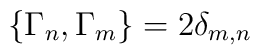
\{ \Gamma_{n}, \Gamma_{m} \} = 2 \delta_{m,n}